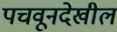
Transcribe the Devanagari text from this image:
पचवूनदेखील